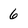
Character: 6